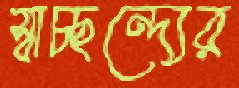
স্বাচ্ছন্দ্যের